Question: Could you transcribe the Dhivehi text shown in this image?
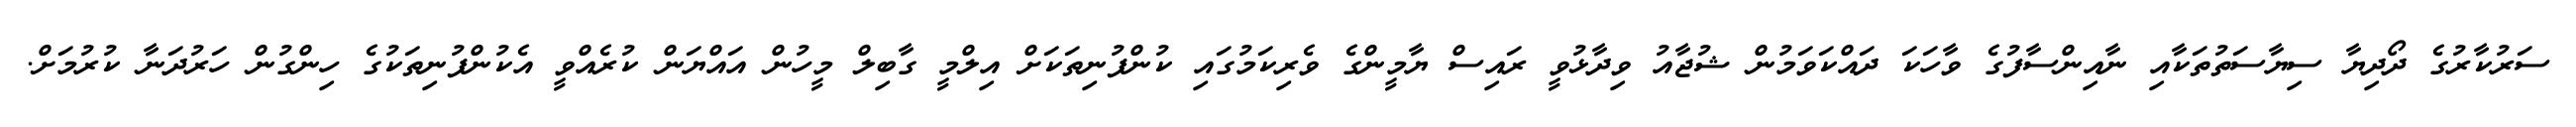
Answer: ސަރުކާރުގެ ދޯދިޔާ ސިޔާސަތުތަކާއި ނާއިންސާފުގެ ވާހަކަ ދައްކަވަމުން ޝުޖާއު ވިދާޅުވީ ރައިސް ޔާމީންގެ ވެރިކަމުގައި ކުންފުނިތަކަށް އިލްމީ ގާބިލް މީހުން އައްޔަން ކުރެއްވީ އެކުންފުނިތަކުގެ ހިންގުން ހަރުދަނާ ކުރުމަށް.